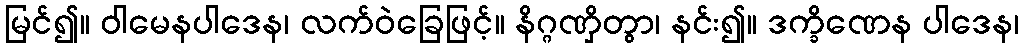
မြင်၍။ ဝါမေနပါဒေန၊ လက်ဝဲခြေဖြင့်။ နိဂ္ဂဏှိတွာ၊ နင်း၍။ ဒက္ခိဏေန ပါဒေန၊